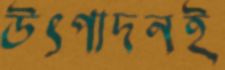
উৎপাদনই